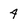
Character: 4